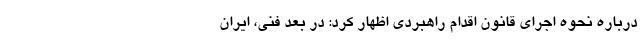
درباره نحوه اجرای قانون اقدام راهبردی اظهار کرد: در بعد فنی، ایران